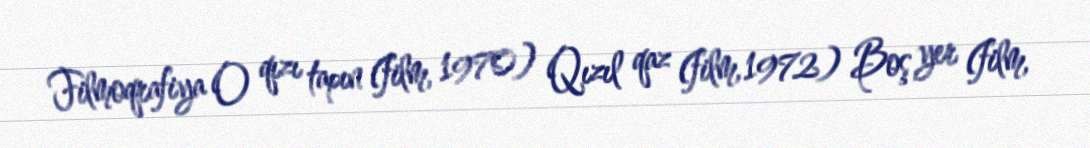
Filmoqrafiya O qızı tapın (film, 1970) Qızıl qaz (film, 1972) Boş yer (film,